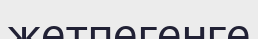
жетпегенге